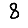
Digit: 8